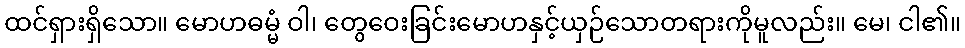
ထင်ရှားရှိသော။ မောဟဓမ္မံ ဝါ၊ တွေဝေးခြင်းမောဟနှင့်ယှဉ်သောတရားကိုမူလည်း။ မေ၊ ငါ၏။